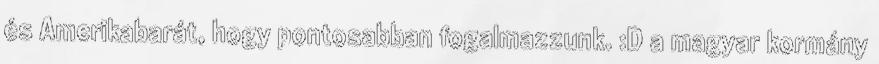
és Amerikabarát, hogy pontosabban fogalmazzunk. :D a magyar kormány